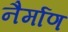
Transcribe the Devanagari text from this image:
नैर्माण